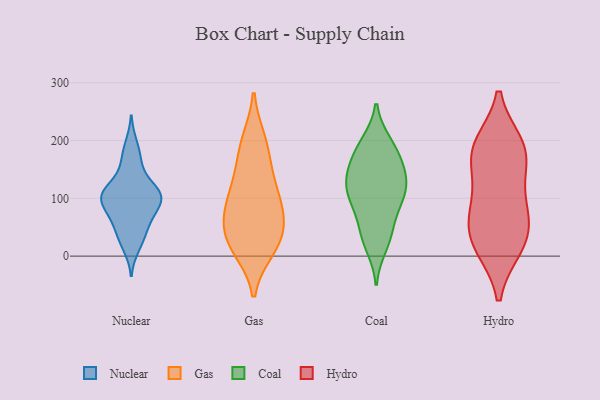
{"axis": {"x": "Website Visitors", "y": "Value"}, "legend": ["Coal", "Gas", "Hydro", "Nuclear"], "data": [{"x": "", "y": 86, "type": "Nuclear"}, {"x": "", "y": 108, "type": "Nuclear"}, {"x": "", "y": 104, "type": "Nuclear"}, {"x": "", "y": 99, "type": "Nuclear"}, {"x": "", "y": 70, "type": "Nuclear"}, {"x": "", "y": 15, "type": "Nuclear"}, {"x": "", "y": 194, "type": "Nuclear"}, {"x": "", "y": 122, "type": "Nuclear"}, {"x": "", "y": 105, "type": "Nuclear"}, {"x": "", "y": 60, "type": "Nuclear"}, {"x": "", "y": 103, "type": "Nuclear"}, {"x": "", "y": 66, "type": "Nuclear"}, {"x": "", "y": 169, "type": "Nuclear"}, {"x": "", "y": 122, "type": "Nuclear"}, {"x": "", "y": 159, "type": "Nuclear"}, {"x": "", "y": 36, "type": "Nuclear"}, {"x": "", "y": 99, "type": "Nuclear"}, {"x": "", "y": 32, "type": "Nuclear"}, {"x": "", "y": 86, "type": "Gas"}, {"x": "", "y": 191, "type": "Gas"}, {"x": "", "y": 21, "type": "Gas"}, {"x": "", "y": 30, "type": "Gas"}, {"x": "", "y": 146, "type": "Gas"}, {"x": "", "y": 30, "type": "Gas"}, {"x": "", "y": 81, "type": "Gas"}, {"x": "", "y": 62, "type": "Gas"}, {"x": "", "y": 199, "type": "Gas"}, {"x": "", "y": 92, "type": "Gas"}, {"x": "", "y": 13, "type": "Gas"}, {"x": "", "y": 128, "type": "Gas"}, {"x": "", "y": 194, "type": "Coal"}, {"x": "", "y": 108, "type": "Coal"}, {"x": "", "y": 17, "type": "Coal"}, {"x": "", "y": 163, "type": "Coal"}, {"x": "", "y": 143, "type": "Coal"}, {"x": "", "y": 37, "type": "Coal"}, {"x": "", "y": 62, "type": "Coal"}, {"x": "", "y": 34, "type": "Coal"}, {"x": "", "y": 138, "type": "Coal"}, {"x": "", "y": 130, "type": "Coal"}, {"x": "", "y": 112, "type": "Coal"}, {"x": "", "y": 104, "type": "Coal"}, {"x": "", "y": 183, "type": "Coal"}, {"x": "", "y": 196, "type": "Coal"}, {"x": "", "y": 86, "type": "Coal"}, {"x": "", "y": 107, "type": "Coal"}, {"x": "", "y": 159, "type": "Coal"}, {"x": "", "y": 183, "type": "Hydro"}, {"x": "", "y": 172, "type": "Hydro"}, {"x": "", "y": 30, "type": "Hydro"}, {"x": "", "y": 23, "type": "Hydro"}, {"x": "", "y": 81, "type": "Hydro"}, {"x": "", "y": 66, "type": "Hydro"}, {"x": "", "y": 104, "type": "Hydro"}, {"x": "", "y": 18, "type": "Hydro"}, {"x": "", "y": 190, "type": "Hydro"}, {"x": "", "y": 178, "type": "Hydro"}]}